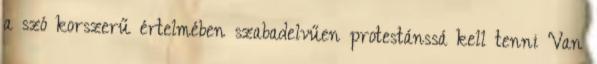
a szó korszerű értelmében szabadelvűen protestánssá kell tenni Van